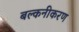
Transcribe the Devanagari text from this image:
बल्कनीकरण